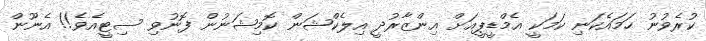
ކުރެވުނު ހަމައެކަނި ކަމަކީ އެމްޑީޕީއަށް އިންޒާރުދީ އިލެކްޝަން ކޮމިޝަނުން ފޮނުވި ސިޓީއެވެ!! އެނޫން